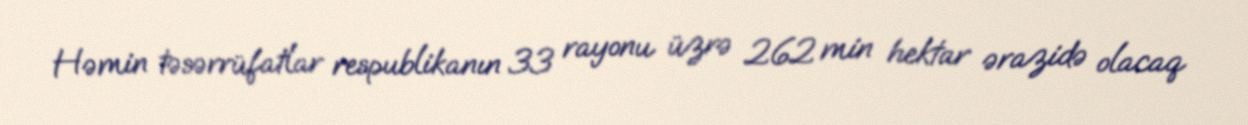
Həmin təsərrüfatlar respublikanın 33 rayonu üzrə 262 min hektar ərazidə olacaq